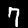
Label: 7